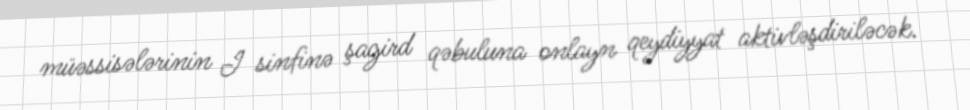
müəssisələrinin I sinfinə şagird qəbuluna onlayn qeydiyyat aktivləşdiriləcək.